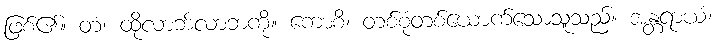
ဖြစ်၏။ တံ၊ ထိုလာဘ်လာဘကို။ ကောစိ၊ တစ်စုံတစ်ယောက်သောသူသည်။ အန္တရာယံ၊